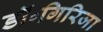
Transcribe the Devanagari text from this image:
डॉ॰गिरिजा